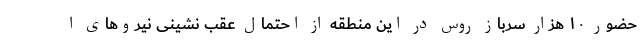
حضور ۱۰ هزار سرباز روس در این منطقه از احتمال عقب نشینی نیروهای ا